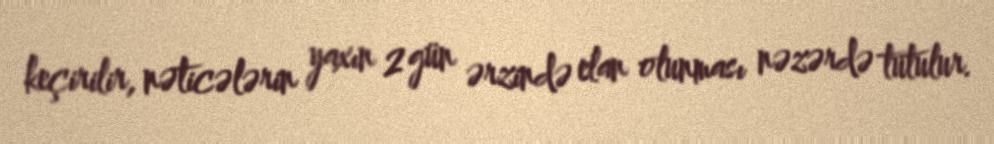
keçirilir, nəticələrin yaxın 2 gün ərzində elan olunması nəzərdə tutulur.